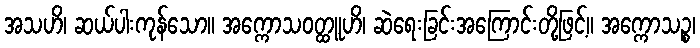
အသဟိ၊ ဆယ်ပါးကုန်သော။ အက္ကောသဝတ္ထူဟိ၊ ဆဲရေးခြင်းအကြောင်းတို့ဖြင့်။ အက္ကောသဉ္စ၊